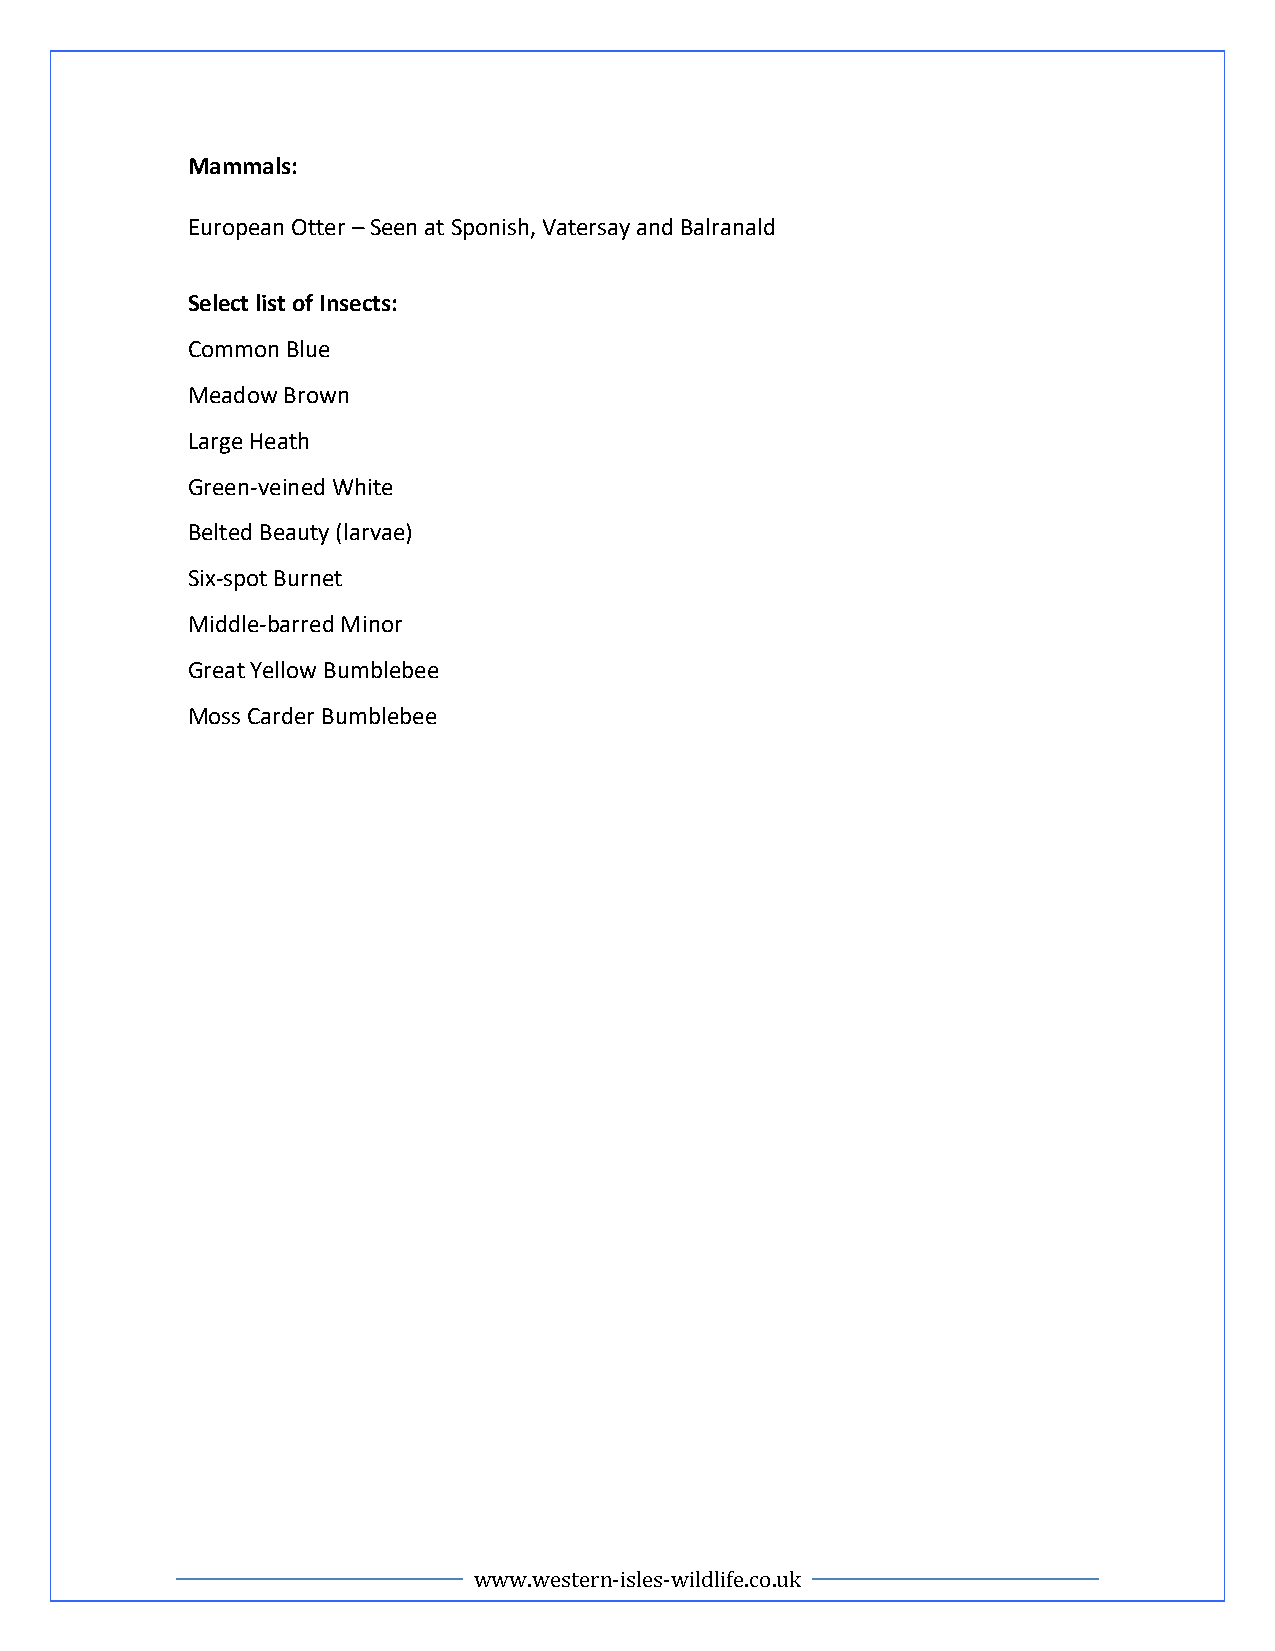
Mammals:
 European Otter – Seen at Sponish, Vatersay and Balranald
 Select list of Insects:
 Common Blue
 Meadow Brown
 Large Heath
 Green-veined White
 Belted Beauty (larvae)
 Six-spot Burnet
 Middle-barred Minor
 Great Yellow Bumblebee
 Moss Carder Bumblebee
 www.western-isles-wildlife.co.uk